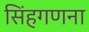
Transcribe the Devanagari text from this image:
सिंहगणना